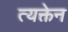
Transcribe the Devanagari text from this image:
त्यक्तेन